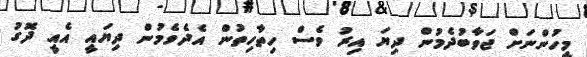
މީހުންނަށް ޖަވާބުދެމުން ދިޔަ އިރު ވެސް ހިތާހިތުން އެދެވެމުން ދިޔައީ އެއީ ދޮގު